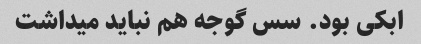
ابکی بود. سس گوجه هم نباید میداشت